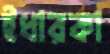
ইধারকা